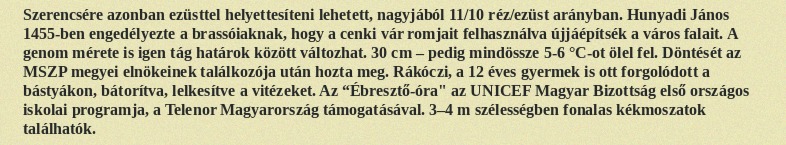
Szerencsére azonban ezüsttel helyettesíteni lehetett, nagyjából 11/10 réz/ezüst arányban. Hunyadi János 1455-ben engedélyezte a brassóiaknak, hogy a cenki vár romjait felhasználva újjáépítsék a város falait. A genom mérete is igen tág határok között változhat. 30 cm – pedig mindössze 5-6 °C-ot ölel fel. Döntését az MSZP megyei elnökeinek találkozója után hozta meg. Rákóczi, a 12 éves gyermek is ott forgolódott a bástyákon, bátorítva, lelkesítve a vitézeket. Az “Ébresztő-óra" az UNICEF Magyar Bizottság első országos iskolai programja, a Telenor Magyarország támogatásával. 3–4 m szélességben fonalas kékmoszatok találhatók.